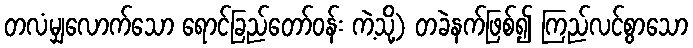
တလံမျှလောက်သော ရောင်ခြည်တော်ဝန်း ကဲ့သို့) တခဲနက်ဖြစ်၍ ကြည်လင်စွာသော